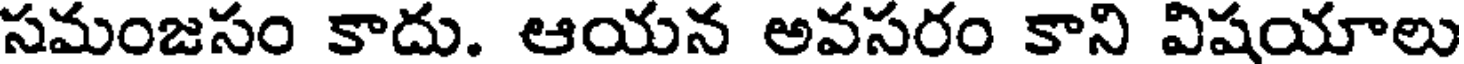
సమంజసం కాదు. ఆయన అవసరం కాని విషయాలు